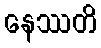
နေဿတိ